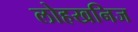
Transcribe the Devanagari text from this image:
लोहखनिज